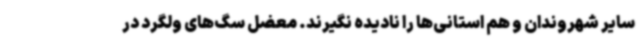
سایر شهروندان و هم استانی‌ها را نادیده نگیرند. معضل سگ‌های ولگرد در